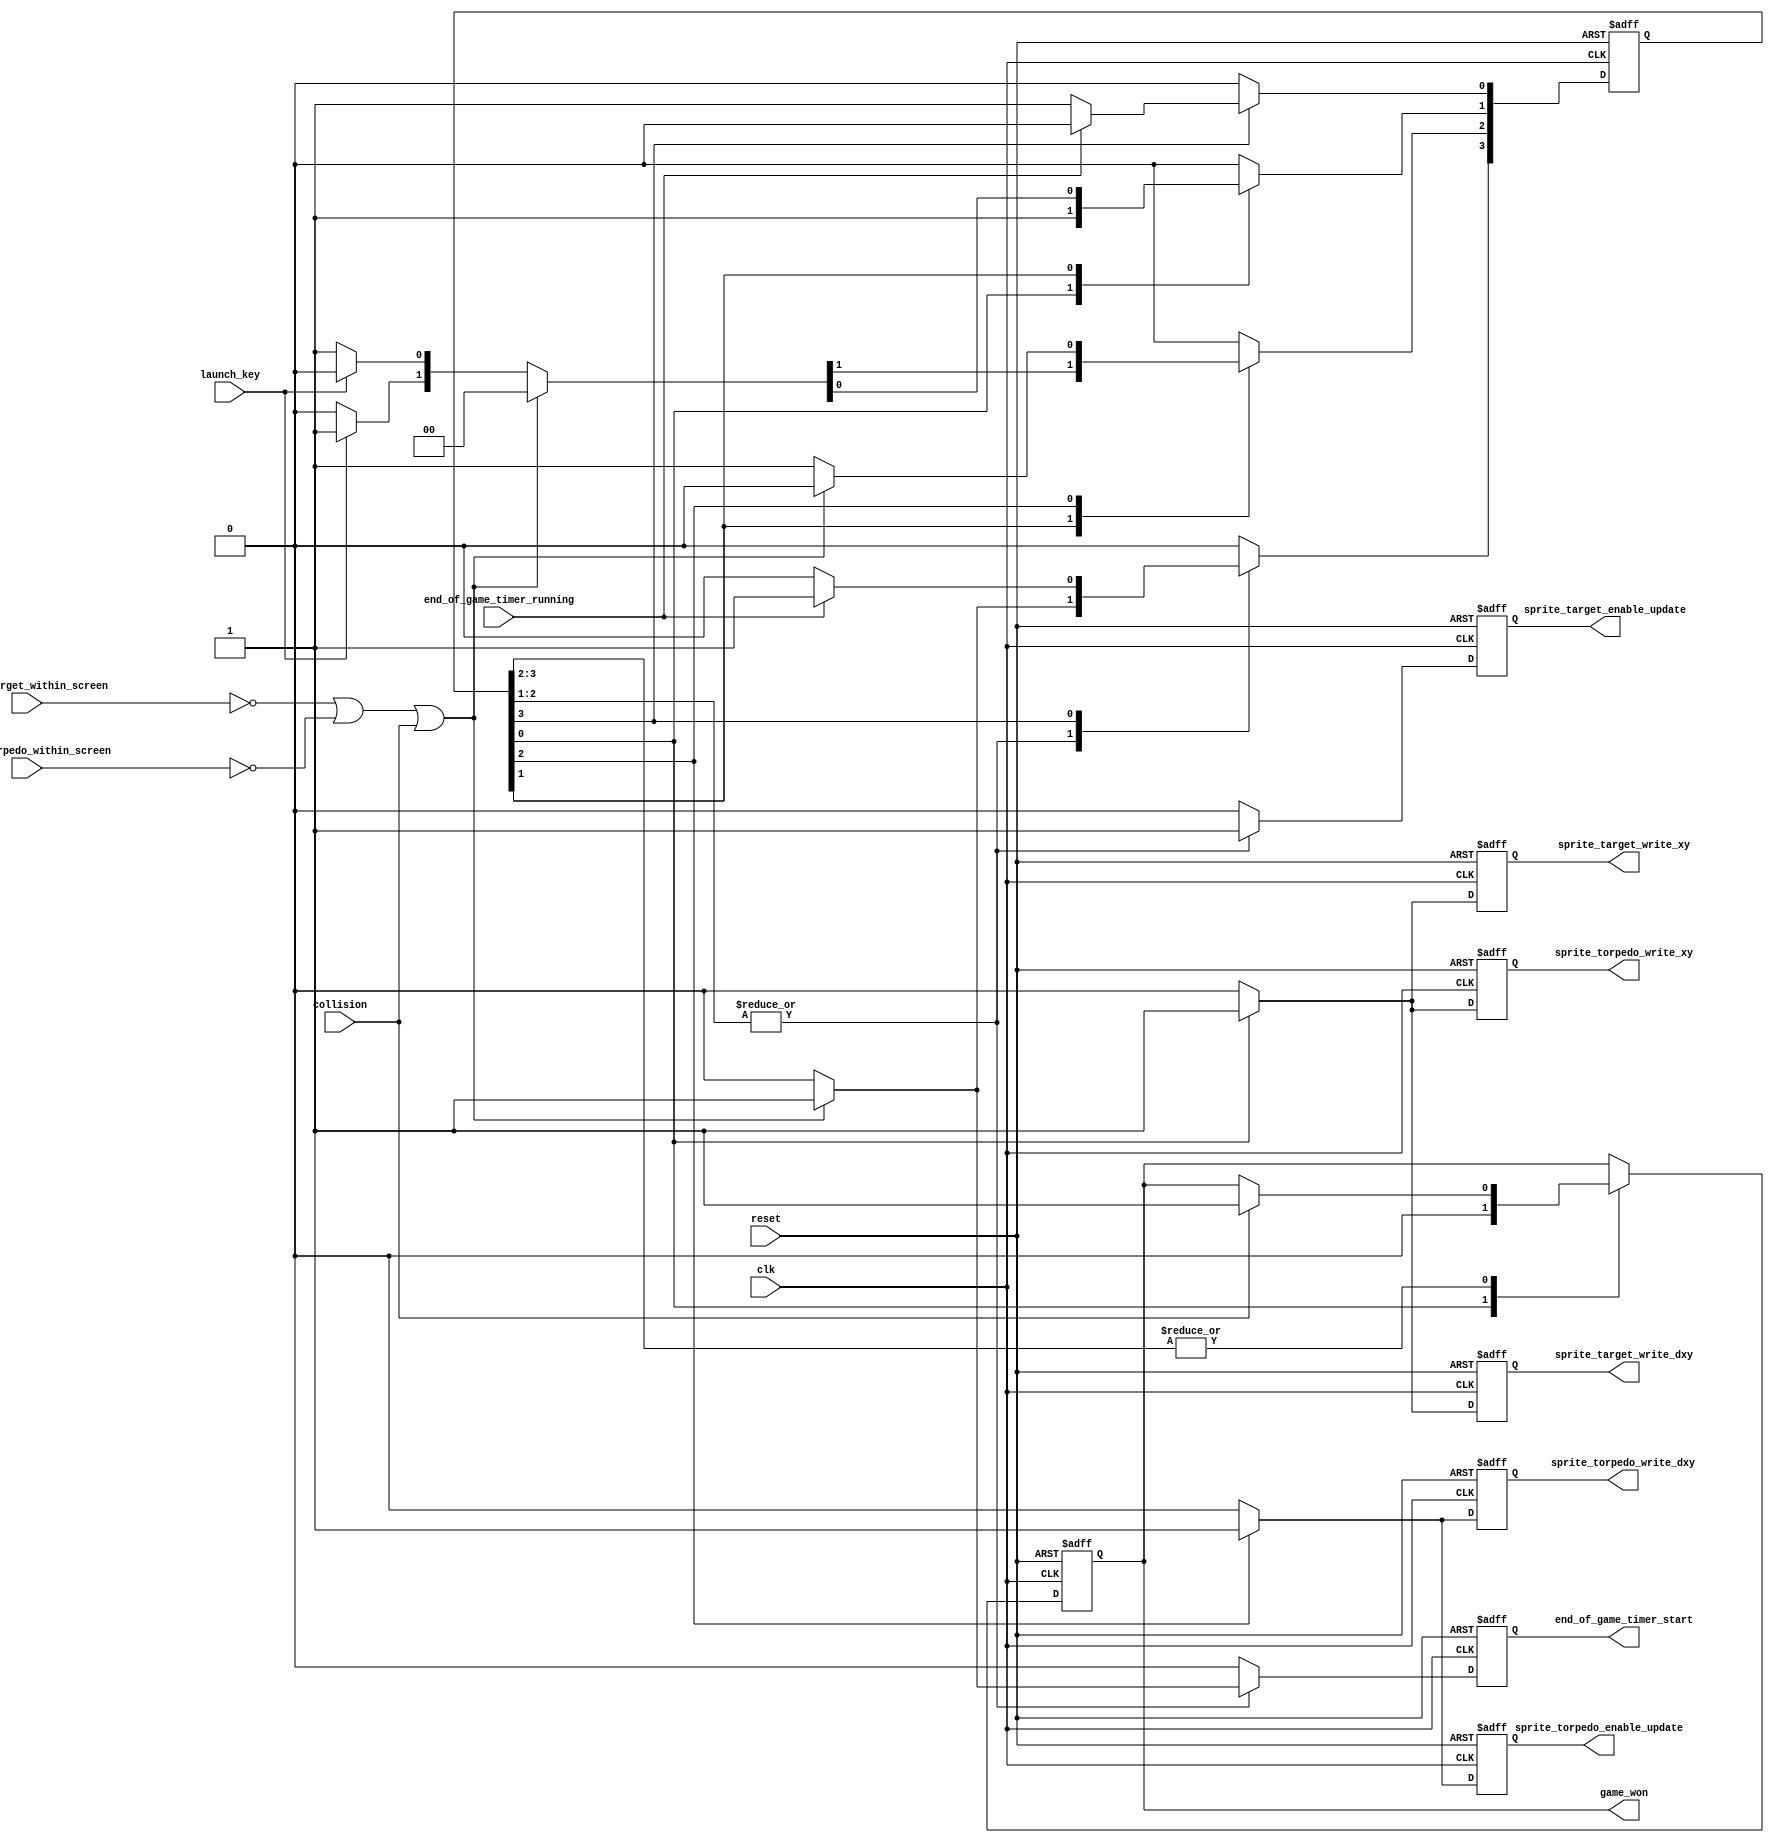
module game_master_fsm_2_special_style_one_hot
(
    input      clk,
    input      reset,

    input      launch_key,

    output reg sprite_target_write_xy,
    output reg sprite_torpedo_write_xy,

    output reg sprite_target_write_dxy,
    output reg sprite_torpedo_write_dxy,

    output reg sprite_target_enable_update,
    output reg sprite_torpedo_enable_update,

    input      sprite_target_within_screen,
    input      sprite_torpedo_within_screen,

    input      collision,

    output reg end_of_game_timer_start,
    output reg game_won,

    input      end_of_game_timer_running
);

    // Using one-hot

    localparam STATE_START  = 0,
               STATE_AIM    = 1,
               STATE_SHOOT  = 2,
               STATE_END    = 3;

    reg [3:0] state;
    reg [3:0] d_state;

    reg d_sprite_target_write_xy;
    reg d_sprite_torpedo_write_xy;

    reg d_sprite_target_write_dxy;
    reg d_sprite_torpedo_write_dxy;

    reg d_sprite_target_enable_update;
    reg d_sprite_torpedo_enable_update;

    reg d_end_of_game_timer_start;
    reg d_game_won;

    //------------------------------------------------------------------------

    wire end_of_game
        =   ~ sprite_target_within_screen
          | ~ sprite_torpedo_within_screen
          |   collision;

    //------------------------------------------------------------------------

    always @*
    begin
        d_state = 4'b0;

        d_sprite_target_write_xy        = 1'b0;
        d_sprite_torpedo_write_xy       = 1'b0;

        d_sprite_target_write_dxy       = 1'b0;
        d_sprite_torpedo_write_dxy      = 1'b0;

        d_sprite_target_enable_update   = 1'b0;
        d_sprite_torpedo_enable_update  = 1'b0;

        d_end_of_game_timer_start       = 1'b0;
        d_game_won                      = game_won;

        //--------------------------------------------------------------------

        case (1'b1)  // synopsys parallel_case

        state [STATE_START]:
        begin
            d_sprite_target_write_xy        = 1'b1;
            d_sprite_torpedo_write_xy       = 1'b1;

            d_sprite_target_write_dxy       = 1'b1;

            d_game_won                      = 1'b0;

            d_state [STATE_AIM] = 1;
        end

        state [STATE_AIM]:
        begin
            d_sprite_target_enable_update   = 1'b1;

            if (end_of_game)
            begin
                d_end_of_game_timer_start   = 1'b1;

                d_state [STATE_END] = 1;
            end
            else if (launch_key)
            begin
                d_state [STATE_SHOOT] = 1;
            end
            else
            begin
                d_state [STATE_AIM] = 1;
            end
        end

        state [STATE_SHOOT]:
        begin
            d_sprite_torpedo_write_dxy      = 1'b1;

            d_sprite_target_enable_update   = 1'b1;
            d_sprite_torpedo_enable_update  = 1'b1;

            if (collision)
                d_game_won = 1'b1;

            if (end_of_game)
            begin
                d_end_of_game_timer_start   = 1'b1;

                d_state [STATE_END] = 1;
            end
            else
            begin
                d_state [STATE_SHOOT] = 1;
            end
        end

        state [STATE_END]:
        begin
            // TODO: Investigate why it needs collision detection here
            // and not in previous state

            if (collision)
                d_game_won = 1'b1;

            if (! end_of_game_timer_running)
                d_state [STATE_START] = 1;
            else
                d_state [STATE_END] = 1;
        end

        endcase
    end

    //------------------------------------------------------------------------

    always @ (posedge clk or posedge reset)
        if (reset)
        begin
            state                         <= (1 << STATE_START);

            sprite_target_write_xy        <= 1'b0;
            sprite_torpedo_write_xy       <= 1'b0;

            sprite_target_write_dxy       <= 1'b0;
            sprite_torpedo_write_dxy      <= 1'b0;

            sprite_target_enable_update   <= 1'b0;
            sprite_torpedo_enable_update  <= 1'b0;

            end_of_game_timer_start       <= 1'b0;
            game_won                      <= 1'b0;
        end
        else
        begin
            state                         <= d_state;

            sprite_target_write_xy        <= d_sprite_target_write_xy;
            sprite_torpedo_write_xy       <= d_sprite_torpedo_write_xy;

            sprite_target_write_dxy       <= d_sprite_target_write_dxy;
            sprite_torpedo_write_dxy      <= d_sprite_torpedo_write_dxy;

            sprite_target_enable_update   <= d_sprite_target_enable_update;
            sprite_torpedo_enable_update  <= d_sprite_torpedo_enable_update;

            end_of_game_timer_start       <= d_end_of_game_timer_start;
            game_won                      <= d_game_won;
        end

endmodule